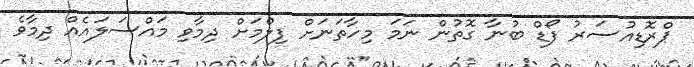
ޕްރޮޑިއުސަރު ފޯޑް ބުނާ ގޮތުން ނަމަ މިހާތަނަށް ފިލްމަށް ދިމާވި މައްސަލައެއް ދިމާވެ